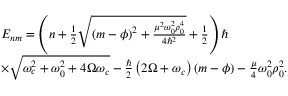
\begin{array} { r l } & { { E } _ { n m } = \left( n + \frac { 1 } { 2 } \sqrt { \left( m - \phi \right) ^ { 2 } + \frac { \mu ^ { 2 } \omega _ { 0 } ^ { 2 } \rho _ { 0 } ^ { 4 } } { 4 \hbar ^ { 2 } } } + \frac { 1 } { 2 } \right) \hbar } \\ & { \times \sqrt { \omega _ { c } ^ { 2 } + \omega _ { 0 } ^ { 2 } + 4 \Omega \omega _ { c } } - \frac { \hbar } { 2 } \left( 2 \Omega + \omega _ { c } \right) \left( m - \phi \right) - \frac { \mu } { 4 } \omega _ { 0 } ^ { 2 } \rho _ { 0 } ^ { 2 } . } \end{array}